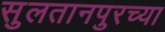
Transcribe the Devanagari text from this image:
सुलतानपुरच्या